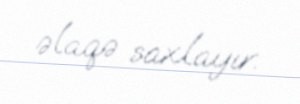
əlaqə saxlayır.